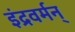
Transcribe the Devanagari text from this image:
इंद्रवर्मन्‌